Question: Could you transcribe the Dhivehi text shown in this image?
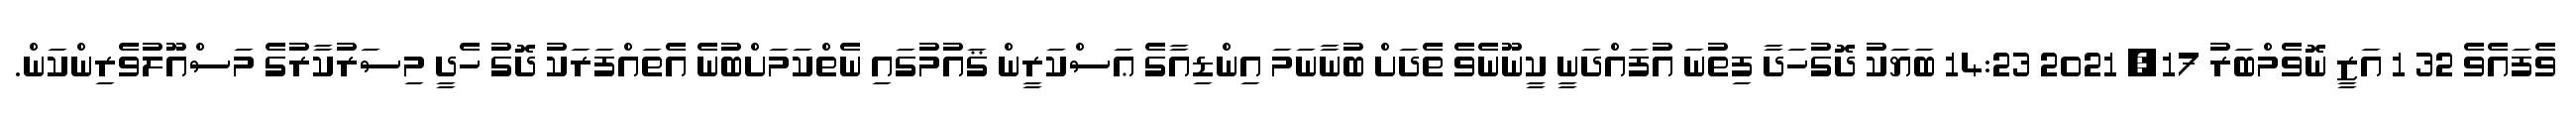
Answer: ވެފައެވެ 32 1 އަޒީ ނޮވެމްބަރު 17, 2021 14:23 ބަޔަކު ދޮގުހަދާ ފިތުނަ އުފައްދަނީ ކީނޫނެވެ ތެދަށް ބުނާނަމަ އިންޑިއާގެ ޢަސްކަރީން ޤައުމުގައި ނެތްކަމަށްބުނެ އެތައްފަރަކު ދޮގު ހެދީ މިސަރުކާރުގެ މަސްއޫލުވެރިންކަން.